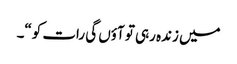
میں زندہ رہی تو آؤں گی رات کو“۔